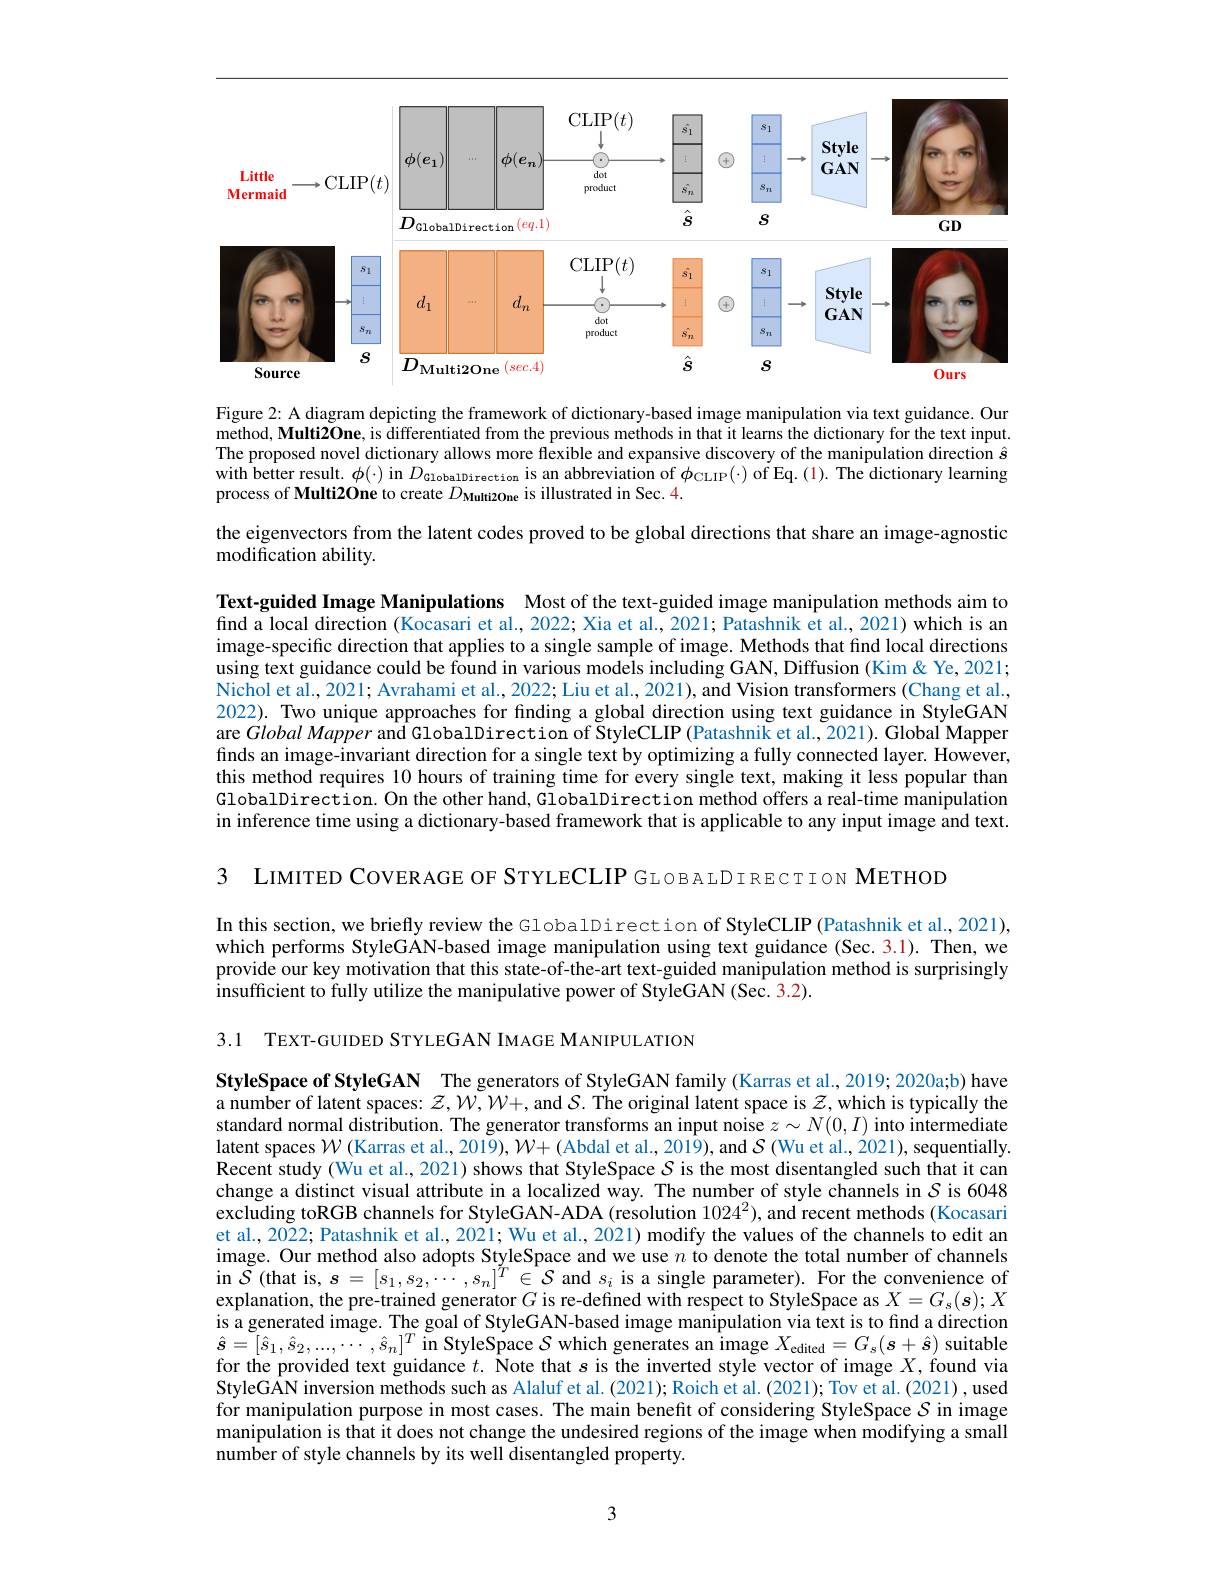
<FigureHere>

Figure 2: A diagram depicting the framework of dictionary-based image manipulation via text guidance. Our method, Multi2One, is differentiated from the previous methods in that it learns the dictionary for the text input The proposed novel dictionary allows more flexible and expansive discovery of the manipulation direction $\hat{s}$ with better result. $\phi ( \cdot )$ in $D_{\text{GiobalDirection}}$is an abbreviation of $\phi _{\mathrm{CLIP}}( \cdot )$ of Eq. (1). The dictionary learming process of Multi2One to create $D_{\mathrm{Muti2One}}$ is illustrated in Sec. 4.

the eigenvectors from the latent codes proved to be global directions that share an image-agnostic
modification ability.

Text-guided Image Manipulations Most of the text-guided image manipulation methods aim to find a local direction (Kocasari et al., 2022; Xia et al., 2021; Patashnik et al., 2021) which is an image-specific direction that applies to a single sample of image. Methods that find local directions using text guidance could be found in various models including GAN, Diffusion (Kim &Ye, 2021; Nichol et al., 2021; Avrahami et al., 2022; Liu et al., 2021), and Vision transformers (Chang et al., 2022). Two unique approaches for fınding a global direction using text guidance in StyleGAN are $Global\textit{Mapper and GlobalDirection of StyleCLIP ( Patashnik et al. , 2021) . Global Mapper}$ finds an image-invariant direction for a single text by optimizing a fully connected layer. However, this method requires 10 hours of training time for every single text, making it less popular than GlobalDirection. On the other hand, GlobalDirection method offers a real-time manipulation in inference time using a dictionary-based framework that is applicable to any input image and text.

З LIMITED COVERAGE OF STYLECLIP GLOBALDIRECTION METHOD

In this section, we briefly review the GlobalDirection of StyleCLIP (Patashnik et al.,2021), which performs StyleGAN-based image manipulation using text guidance (Sec.3.1). Then, we provide our key motivation that this state-of-the-art text-guided manipulation method is surprisingly insufficient to fully utilize the manipulative power of StyleGAN (Sec. 3.2).
3.1 TEXT-GUIDED STYLEGAN IMAGE MANIPULATION

StyleSpace of StyleGAN The generators of StyleGAN family (Karras et al., 2019; 2020a;b) have a number of latent spaces: $z,W,W+$, and $S.$ The original latent space is $z$, which is typically the standard normal distribution. The generator transforms an input noise $z\sim N(0,I)$ into intermediate latent spaces $\mathcal{W}($Karras et al., 2019), $\mathcal{W}+($Abdal et al., 2019), and $\mathcal{S}($Wu et al., 2021), sequentially $\hat{\text{Recent study(Wu et al., 2021) shows that StyleSpace }S}$ is the most disentangled such that it can change a distinct visual attribute in a localized way. The number of style channels in $S$ is 6048 excluding toRGB channels for StyleGAN-ADA (resolution $1024^2),\tilde{\text{andrecentmethods(Kocasari}}$ et al., 2022; Patashnik et al., 2021; Wu et al., 2021) modify the values of the channels to edit an image. Our method also adopts StyleSpace and we use $n$ to denote the total number of channels in $\tilde{\mathcal{S}}$(that is, $s=[s_1,s_2,\cdots,s_n]^T\in\hat{\mathcal{S}}$ and $s_i$ is a single parameter). For the convenience of explanation, the pre-trained generator $G$ is re-defined with respect to StyleSpace as $X=G_s(s);X$ is a generated image. The goal of StyleGAN-based image manipulation via text is to find a direction $\hat{\boldsymbol{s}}=[\hat{s}_{1},\hat{s}_{2},...,\cdots,\hat{s}_{n}]^{T}$in StyleSpace $\mathcal{S}$ which generates an image $X_\text{cdited}=G_{s}(\boldsymbol{s}+\hat{\boldsymbol{s}})$ suitable for the provided text guidance $t. \text{ \~{N} ote that }s$ is the inverted style vector of image $X$, found via StyleGAN inversion methods such as Alaluf et al. (2021); Roich et al. (2021); Tov et al. (2021), used for manipulation purpose in most cases. The main benefit of considering StyleSpace $S$ in image manipulation is that it does not change the undesired regions of the image when modifying a small number of style channels by its well disentangled property.

3